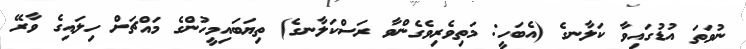
ނުވަތަ އުޑުގައިވާ ކަލާނގެ (އެބަހީ: މަތިވެރިވެގެންވާ ރަސްކަލާނގެ) ތިޔަބައިމީހުންގެ މައްޗަށް ހިލައިގެ ވާރޭ